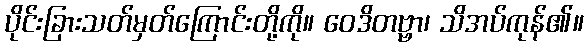
ပိုင်းခြားသတ်မှတ်ကြောင်းတို့ကို။ ဝေဒိတဗ္ဗာ၊ သိအပ်ကုန်၏။